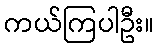
ကယ်ကြပါဦး။